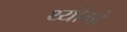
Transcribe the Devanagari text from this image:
थ्योंगो